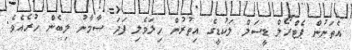
އެތަނުން ޕެޓްރޯލް ޑީސަލް ލަކުޑީގެ އިތުރުން ހިލަވެލި ފަދަ ސާމާނު ލިބެން ހުރެއެވެ.